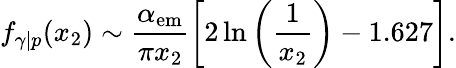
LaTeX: f_{\gamma|p}(x_{2})\sim\frac{\alpha_{\mathrm{em}}}{\pi x_{2}}\left[2\ln\left(\frac{1}{x_{2}}\right)-1.627\right].